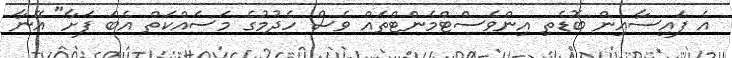
އެ ފައިސާއިން ބޮޑެތި އިންވެސްޓްމެންޓްތައް ވެސް ހެދުމުގެ މަސައްކަތް އެބަ ފަށާ" އޭނާ